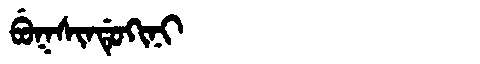
Manchu: ᠪᡠᡴᠰᡳᠨᡩᡠᡴᡳᠨᡳ
Romanization: BUKSINDUKINI